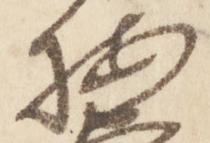
按